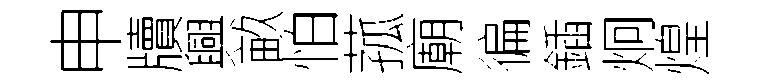
申牘興畝怕菰廟徧鍤炯煌